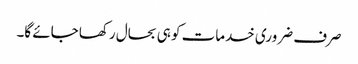
صرف ضروری خدمات کو ہی بحال رکھا جائے گا۔